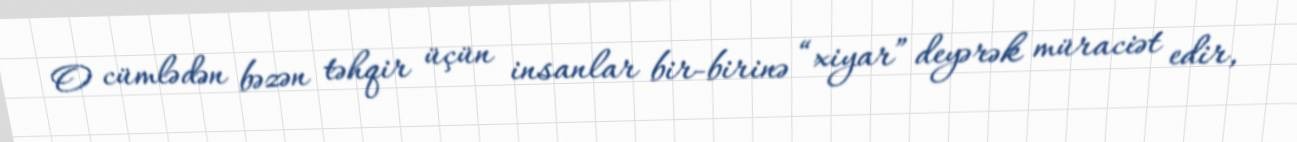
O cümlədən bəzən təhqir üçün insanlar bir-birinə “xiyar” deyərək müraciət edir,